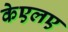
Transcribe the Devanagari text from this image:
केएलए